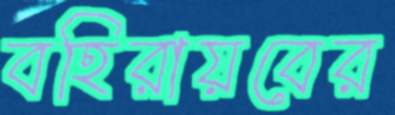
বহিরায়বের